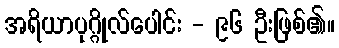
အရိယာပုဂ္ဂိုလ်ပေါင်း - ၉၆ ဦးဖြစ်၏။